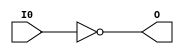
//======================================================================
//
// SB_LUT4.v
// ---------
// Simulation model of the SB_LUT4 macro used to buil the sim target.
//
//
// Copyright (C) 2023 - Tillitis AB
// SPDX-License-Identifier: GPL-2.0-only
//
//======================================================================

`default_nettype none

module SB_LUT4 (
		input wire I0,
		output wire O
		);

  parameter LUT_INIT = 16'h0;

  assign O = ~I0;

endmodule // SB_LUT4

//======================================================================
// EOF SB_LUT4.v
//======================================================================